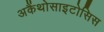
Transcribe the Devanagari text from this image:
अकैंथोसाइटोसिस